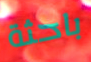
باحثة